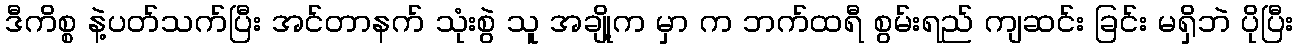
ဒီကိစ္စ နဲ့ပတ်သက်ပြီး အင်တာနက် သုံးစွဲ သူ အချို့က မှာ က ဘက်ထရီ စွမ်းရည် ကျဆင်း ခြင်း မရှိဘဲ ပိုပြီး